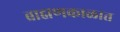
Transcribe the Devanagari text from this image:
ब्राह्मणकाळात